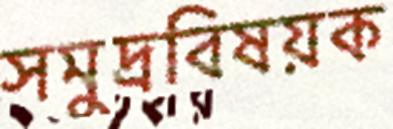
সমুদ্রবিষয়ক